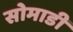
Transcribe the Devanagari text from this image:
सोमाडी